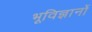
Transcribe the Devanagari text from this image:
भूविज्ञानों